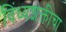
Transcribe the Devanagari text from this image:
विंध्यशक्तीचा